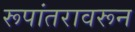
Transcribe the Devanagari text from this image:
रूपांतरावरून